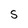
Character: S